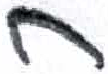
אות: ח